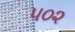
૫૦૨